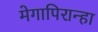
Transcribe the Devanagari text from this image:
मेगापिरान्हा